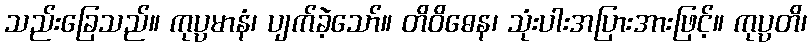
သည်းခြေသည်။ ကုပ္ပမာနံ၊ ပျက်ခဲ့သော်။ တိဝိဓေန၊ သုံးပါးအပြားအားဖြင့်။ ကုပ္ပတိ၊